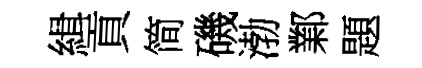
緝貢简磯渤鄴題